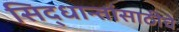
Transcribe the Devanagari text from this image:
सिद्धान्तांसाठीचे